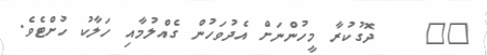
١٩    ދޮގުކުރާ މީހުންނަށް އެދުވަހުން ގެއްލުމާއި ހަލާކު ހުށްޓެވެ.